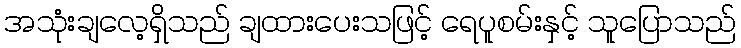
အသုံးချလေ့ရှိသည် ချထားပေးသဖြင့် ရေပူစမ်းနှင့် သူပြောသည်